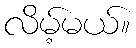
လိမ့်မယ်။